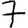
Digit: 7